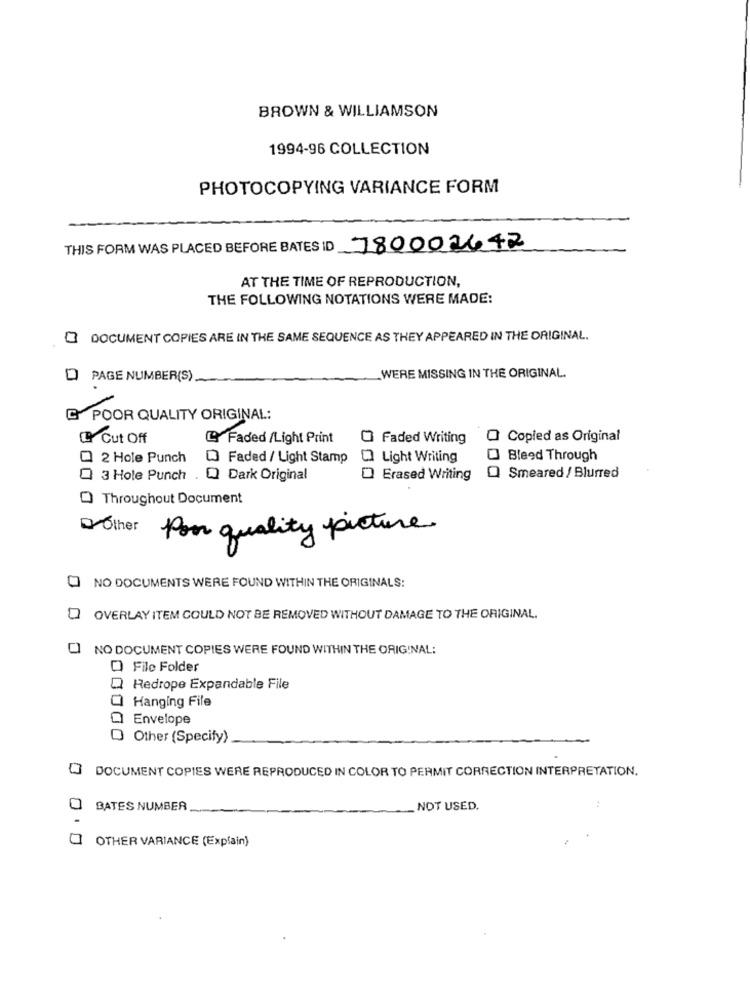
BROWN & WILLIAMSON
1994-96 COLLECTION
PHOTOCOPYING VARIANCE FORM
THIS FORM WAS PLACED BEFORE BATES ID
780002642
AT THE TIME OF REPRODUCTION,
THE FOLLOWING NOTATIONS WERE MADE:
DOCUMENT COPIES ARE IN THE SAME SEQUENCE AS THEY APPEARED IN THE ORIGINAL.
D PAGE NUMBER(S)
WERE MISSING IN THE ORIGINAL.
C POOR QUALITY ORIGINAL:
Cut Off
L Faded /Light Print
O Faded Writing
O Copied as Original
2 Hole Punch
0 Faded / Light Stamp
O Light Writing
Bleed Through
3 Hole Punch
Q Dark Original
D Erased Writing
Q Smeared / Blurred
O Throughout Document
Other Pon quality picture
0
NO DOCUMENTS WERE FOUND WITHIN THE ORIGINALS:
OVERLAY ITEM COULD NOT BE REMOVED WITHOUT DAMAGE TO THE ORIGINAL.
1 NO DOCUMENT COPIES WERE FOUND WITHIN THE ORIGINAL:
Q File Folder
Redrope Expandable File
Hanging File
Envelope
Other (Specify)
DOCUMENT COPIES WERE REPRODUCED IN COLOR TO PERMIT CORRECTION INTERPRETATION.
BATES NUMBER
NOT USED.
..
OTHER VARIANCE (Explain)